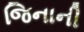
જિનાની